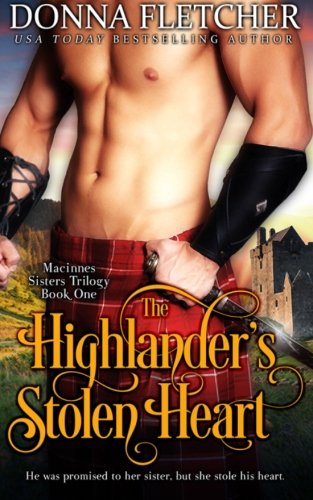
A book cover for The Highlander's Stolen Heart (The Macinnes Sisters) (Volume 1); Donna Fletcher; Romance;